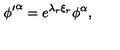
{ \phi ^ { \prime } } ^ { \alpha } = e ^ { { \lambda } _ { r } { \xi } _ { r } } { \phi } ^ { \alpha } ,